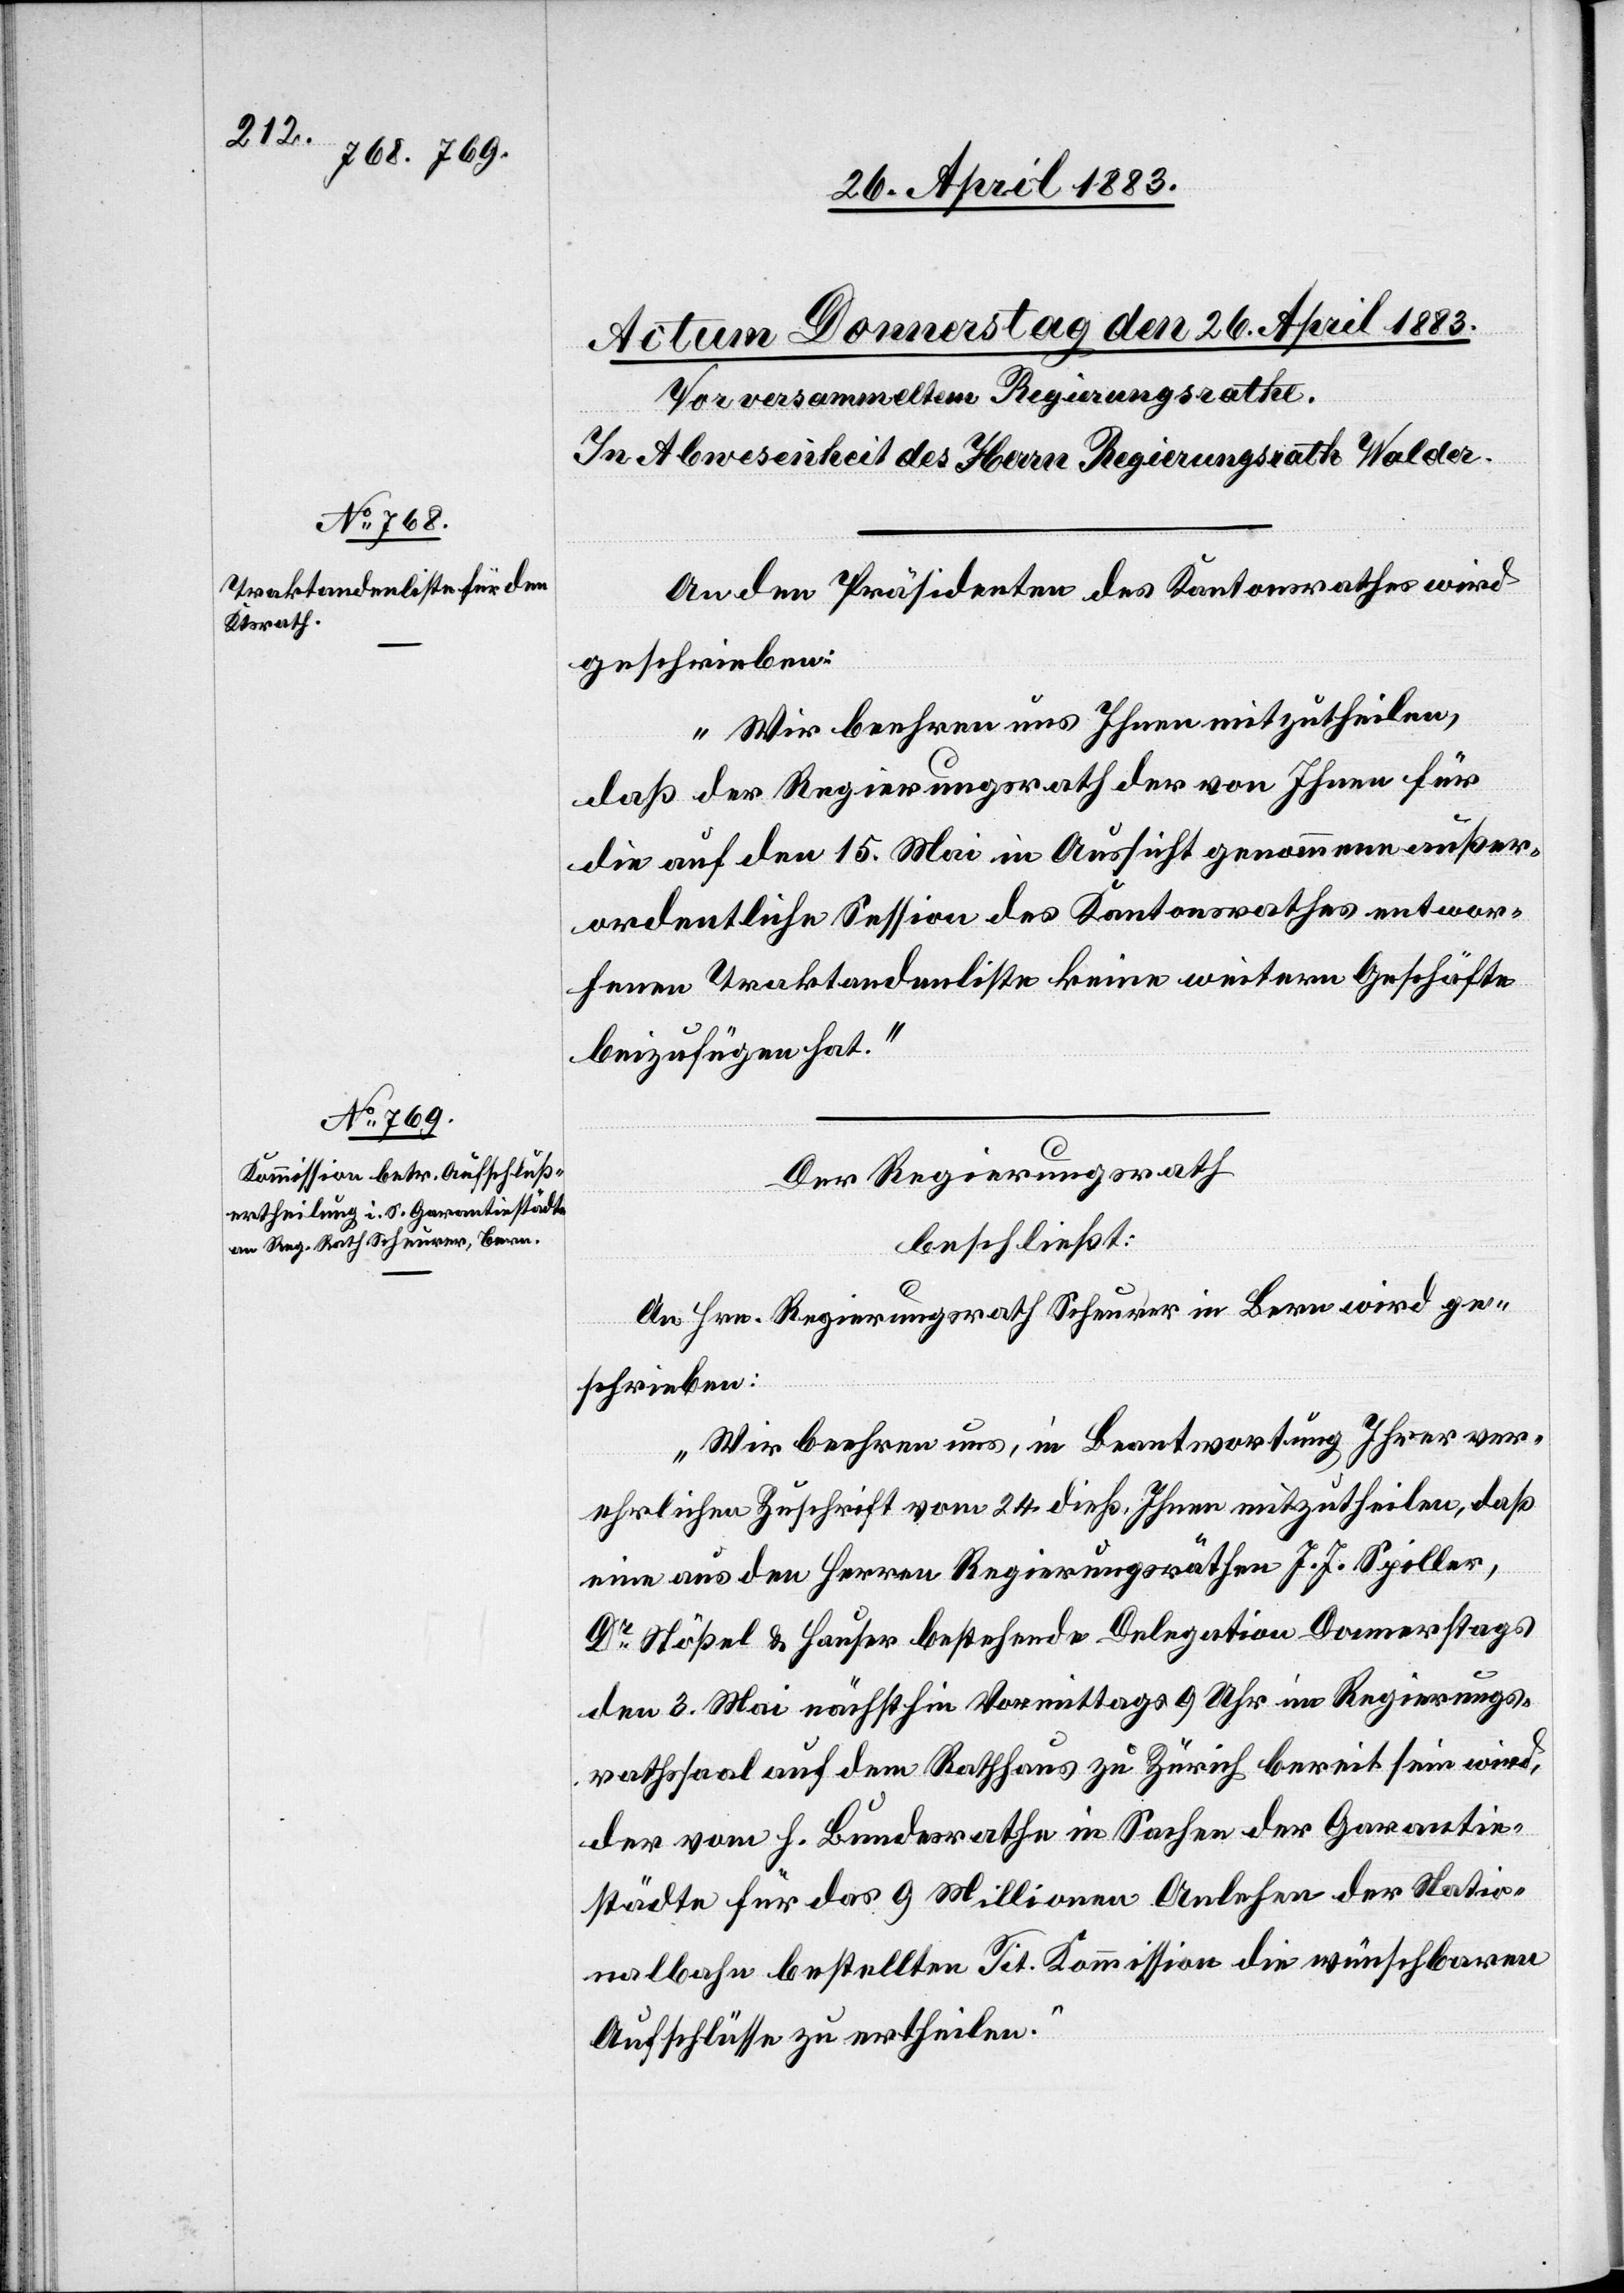
An den Präsidenten des Kantonsrathes wird
geschrieben:
„Wir beehren uns Ihnen mitzutheilen,
daß der Regierungsrath der von Ihnen für
die auf den 15. Mai in Aussicht genommene außer¬
ordentliche Session des Kantonsrathes entwor¬
fene Traktandenliste keine weitern Geschäfte
beizufügen hat.“
Der Regierungsrath
beschließt:
An Hrn. Regierungsrath Scheurer in Bern wird ge¬
schrieben:
„Wir beehren uns, in Beantwortung Ihrer ver¬
ehrlichen Zuschrift vom 24. dieß. Ihnen mitzutheilen, daß
eine aus den Herren Regierungsräthen J. J. Spiller,
Dr Stößel & Hauser bestehende Delegation Donnerstags
den 3. Mai nächsthin Vormittags 9 Uhr im Regierungs¬
rathssaal auf dem Rathhaus zu Zürich bereit sein wird,
der vom h. Bundesrathe in Sachen der Garantie¬
städte für das 9 Millionen Anlehen der Natio¬
nalbahn bestellten Tit. Kommission die wünschbaren
Aufschlüsse zu ertheilen.“